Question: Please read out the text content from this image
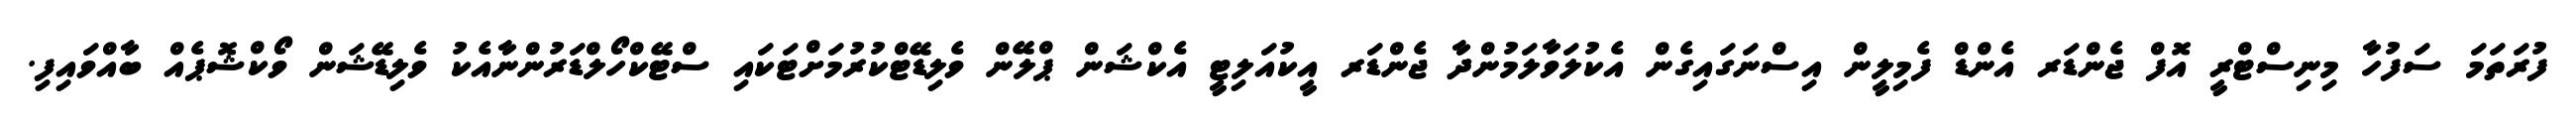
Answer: ފުރަތަމަ ސަފުހާ މިނިސްޓްރީ އޮފް ޖެންޑަރ އެންޑް ފެމިލީން އިސްނަގައިގެން އެކުލަވާލަމުންދާ ޖެންޑަރ އީކުއަލިޓީ އެކްޝަން ޕްލޭން ވެލިޑޭޓްކުރުމަށްޓަކައި ސްޓޭކްހޯލްޑަރުންނާއެކު ވެލިޑޭޝަން ވޯކްޝޮޕެއް ބާއްވައިފި.